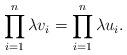
LaTeX: \begin{align*} \prod_{i=1}^n \lambda v_i = \prod_{i=1}^n \lambda u_i. \end{align*}